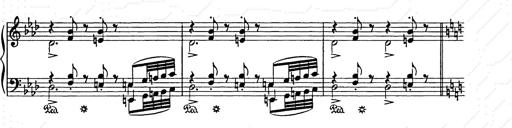
Title: Weihnachtsbaum
Composer: Franz Liszt